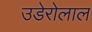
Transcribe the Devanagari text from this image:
उडेरोलाल